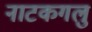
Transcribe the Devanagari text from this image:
नाटकगलु